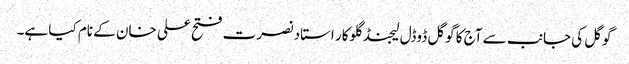
گوگل کی جانب سے آج کا گوگل ڈوڈل لیجنڈ گلوکار استاد نصرت فتح علی خان کے نام کیا ہے۔